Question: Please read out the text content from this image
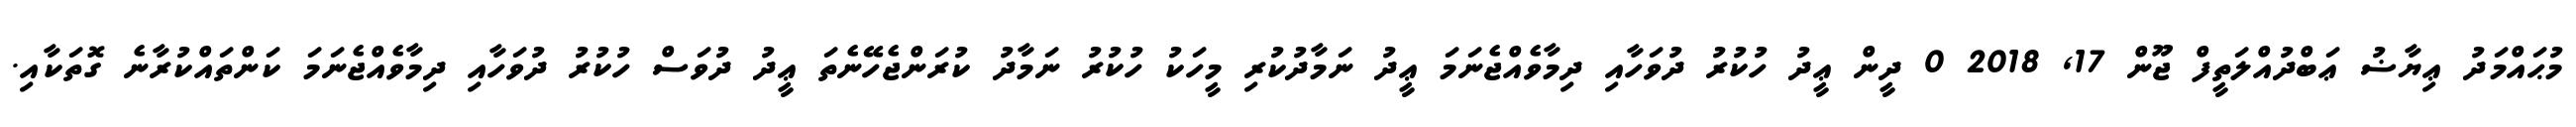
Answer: މުޙައްމަދު ޢިޔާޟު ޢަބްދުއްލަތީފް ޖޫން 17, 2018 0 ދީން ޢީދު ހުކުރު ދުވަހާއި ދިމާވެއްޖެނަމަ ޢީދު ނަމާދުކުރި މީހަކު ހުކުރު ނަމާދު ކުރަންޖެހޭނެތަ ޢީދު ދުވަސް ހުކުރު ދުވަހާއި ދިމާވެއްޖެނަމަ ކަންތައްކުރާނެ ގޮތަކާއި.